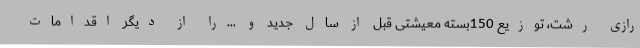
رازی رشت، توزیع 150بسته معیشتی قبل از سال جدید و ...را از دیگر اقدامات